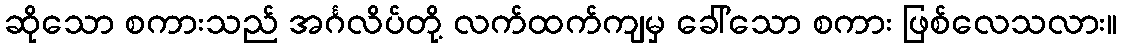
ဆိုသော စကားသည် အင်္ဂလိပ်တို့ လက်ထက်ကျမှ ခေါ်သော စကား ဖြစ်လေသလား။